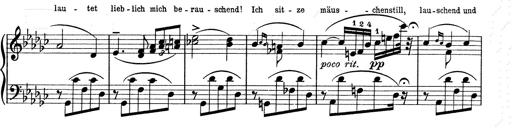
Title: 6 Polish Songs
Composer: Franz Liszt